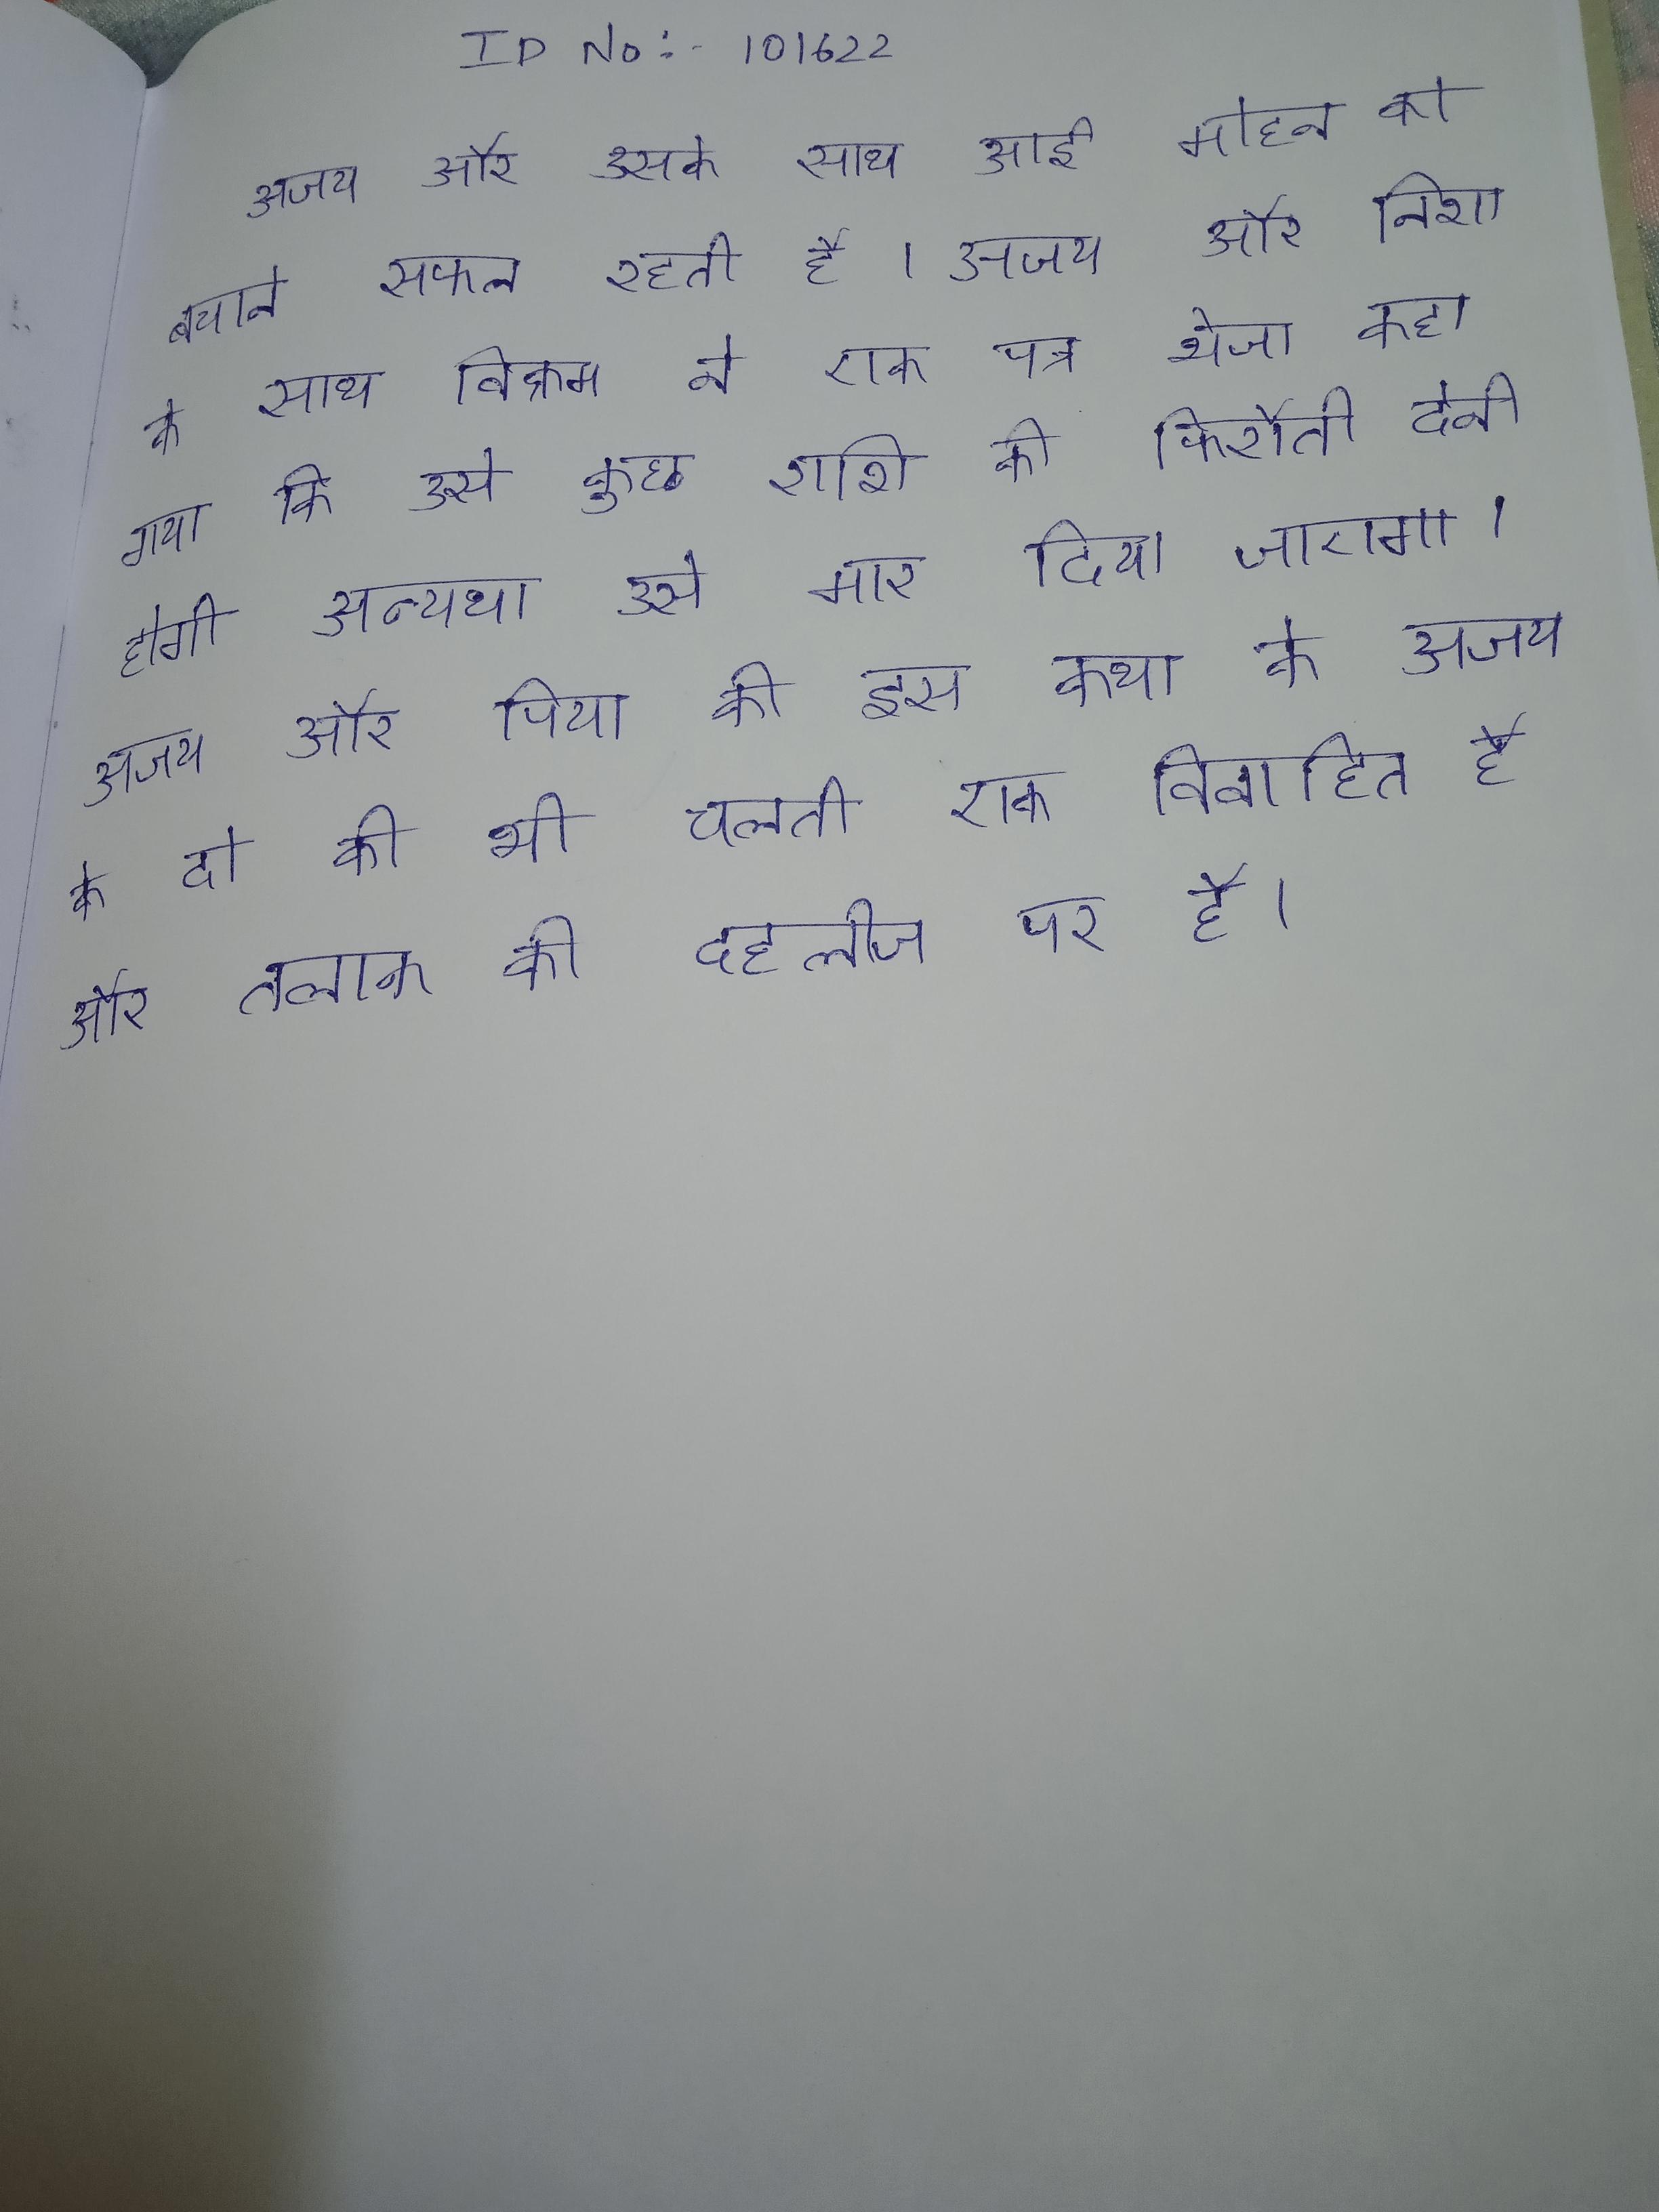
अजय और उसके साथ आई मोहन को बचाने सफल रहती है । अजय और निशा के साथ विक्रम ने एक पत्र भेजा कहा गया कि उसे कुछ राशि की फिरौती देनी होगी अन्यथा उसे मार दिया जाएगा । अजय और पिया की इस कथा के अजय के दो की भी चलती एक विवाहित है और तलाक की दहलीज पर है ।